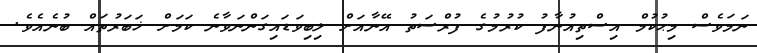
ނަމަވެސް މިޙުކުމް އިސްތިއުނާފު ކުރުމުގެ ފުރްސަތު އޭނާއަށް ލިބިވަޑައިގަންނަވާނެ ކަމަށް ޚަބަރުތައް ބުނެއެވެ.